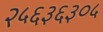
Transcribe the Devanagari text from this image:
२५६३६३०५